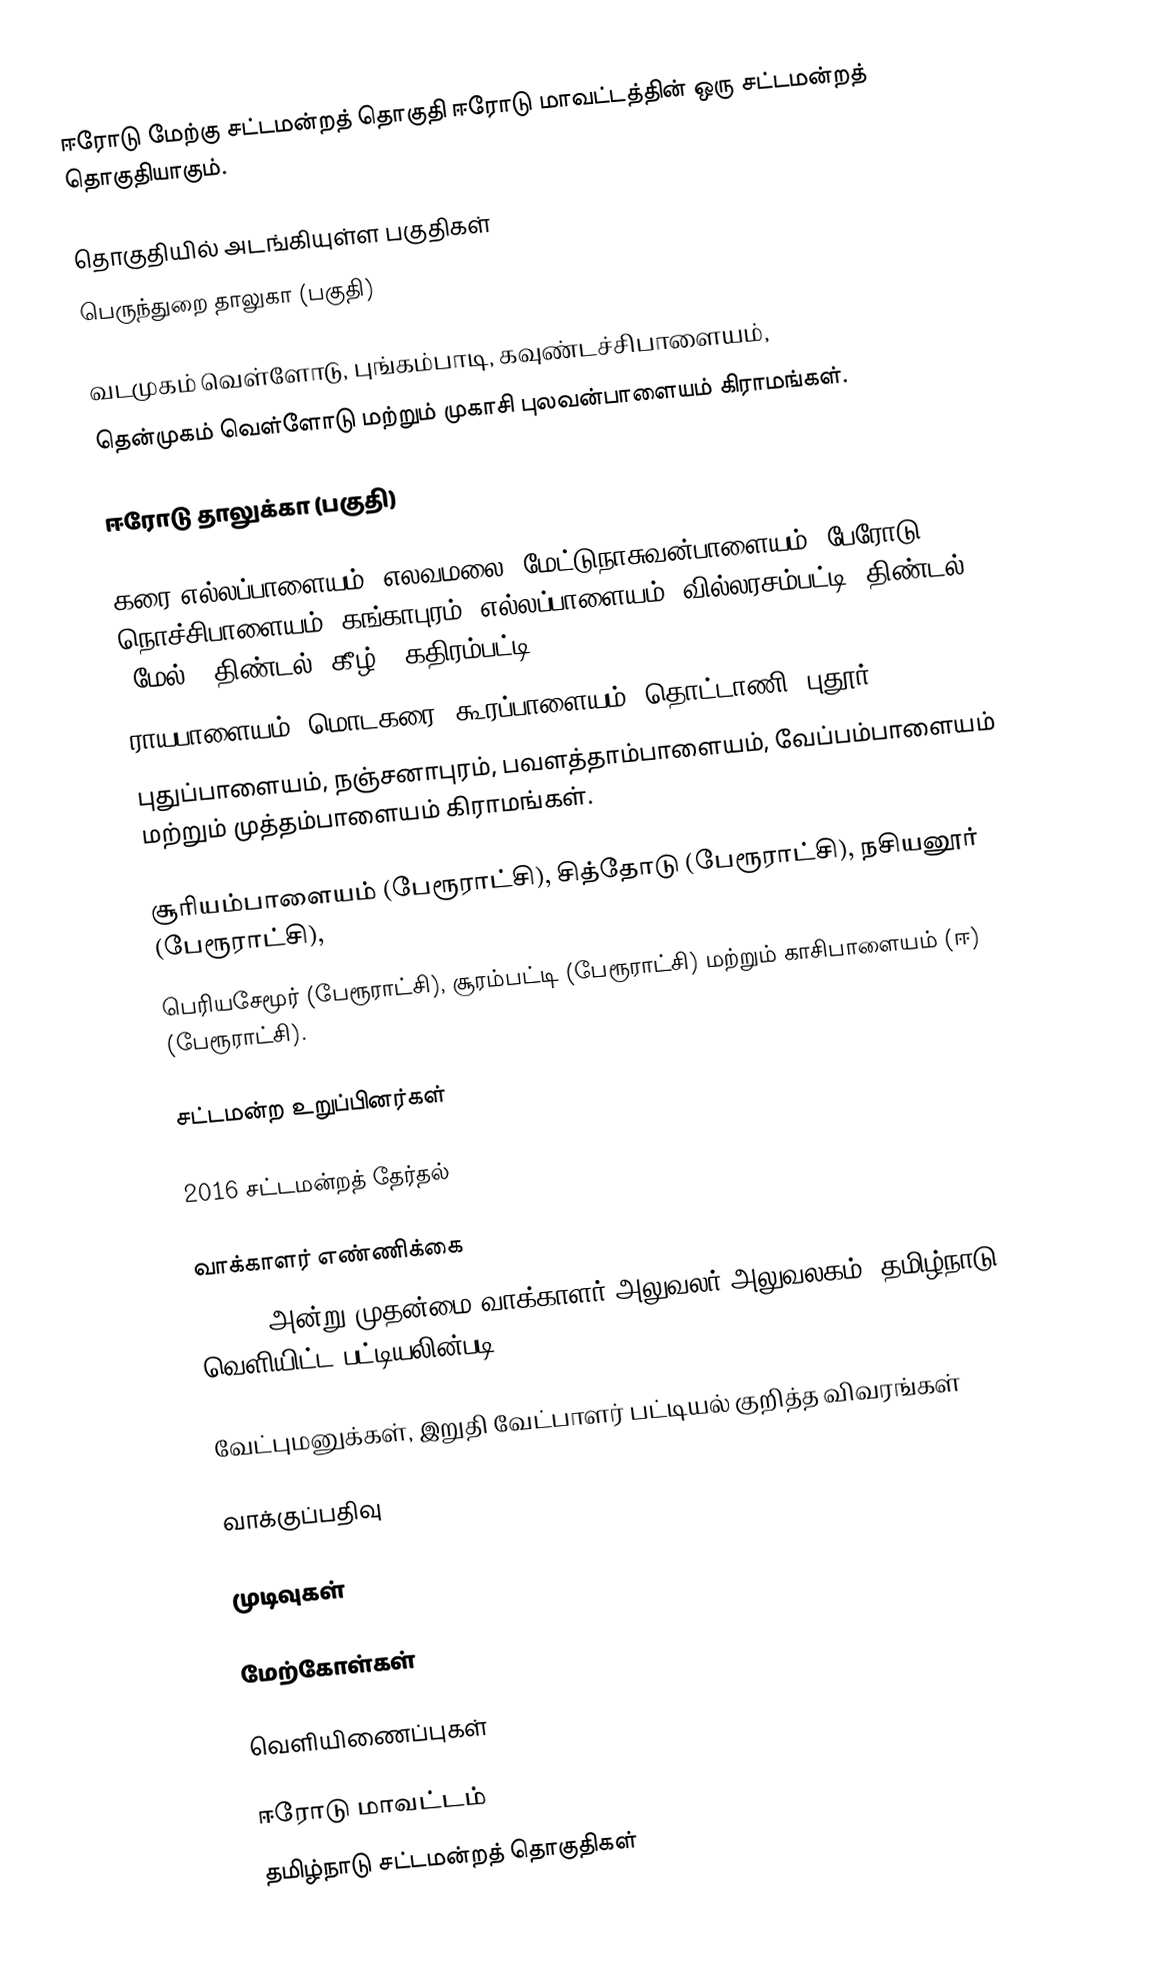
ஈரோடு மேற்கு சட்டமன்றத் தொகுதி ஈரோடு மாவட்டத்தின் ஒரு சட்டமன்றத் தொகுதியாகும்.

தொகுதியில் அடங்கியுள்ள பகுதிகள்
 பெருந்துறை தாலுகா (பகுதி)

வடமுகம் வெள்ளோடு, புங்கம்பாடி, கவுண்டச்சிபாளையம்,
தென்முகம் வெள்ளோடு மற்றும் முகாசி புலவன்பாளையம் கிராமங்கள்.

ஈரோடு தாலுக்கா (பகுதி)

கரை எல்லப்பாளையம், எலவமலை, மேட்டுநாசுவன்பாளையம், பேரோடு, நொச்சிபாளையம், கங்காபுரம், எல்லப்பாளையம், வில்லரசம்பட்டி, திண்டல் (மேல்), திண்டல் (கீழ்), கதிரம்பட்டி,
ராயபாளையம், மொடகரை, கூரப்பாளையம், தொட்டாணி, புதூர்,
புதுப்பாளையம், நஞ்சனாபுரம், பவளத்தாம்பாளையம், வேப்பம்பாளையம் மற்றும் முத்தம்பாளையம் கிராமங்கள்.

சூரியம்பாளையம் (பேரூராட்சி), சித்தோடு (பேரூராட்சி), நசியனூர் (பேரூராட்சி),
பெரியசேமூர் (பேரூராட்சி), சூரம்பட்டி (பேரூராட்சி) மற்றும் காசிபாளையம் (ஈ) (பேரூராட்சி).

சட்டமன்ற உறுப்பினர்கள்

2016 சட்டமன்றத் தேர்தல்

வாக்காளர் எண்ணிக்கை
, 2016 அன்று முதன்மை வாக்காளர் அலுவலர் அலுவலகம், தமிழ்நாடு வெளியிட்ட பட்டியலின்படி,

வேட்புமனுக்கள், இறுதி வேட்பாளர் பட்டியல் குறித்த விவரங்கள்

வாக்குப்பதிவு

முடிவுகள்

மேற்கோள்கள்

வெளியிணைப்புகள்

ஈரோடு மாவட்டம்
தமிழ்நாடு சட்டமன்றத் தொகுதிகள்